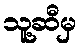
သူ့ဆီမှ